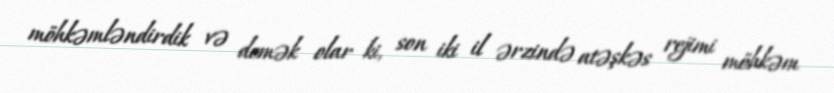
möhkəmləndirdik və demək olar ki, son iki il ərzində atəşkəs rejimi möhkəm